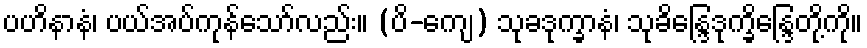
ပဟိနာနံ၊ ပယ်အပ်ကုန်သော်လည်း။ (ပိ-ကျေ) သုခဒုက္ခာနံ၊ သုခိန္ဒြေဒုက္ခိန္ဒြေတို့ကို။